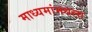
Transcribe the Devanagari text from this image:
माध्यमांमधला